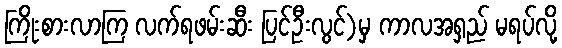
ကြိုးစားလာကြ လက်ရဖမ်းဆီး ပြင်ဦးလွင်)မှ ကာလအရှည် မရပ်လို့